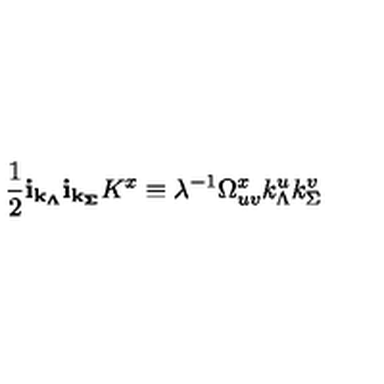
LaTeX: \frac { 1 } { 2 } { \bf i } _ { \bf k _ { \Lambda } } { \bf i } _ { \bf k _ { \Sigma } } K ^ { x } \equiv \lambda ^ { - 1 } \Omega _ { u v } ^ { x } k _ { \Lambda } ^ { u } k _ { \Sigma } ^ { v }